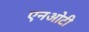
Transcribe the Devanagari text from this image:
एनओटी